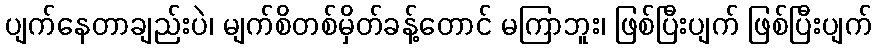
ပျက်နေတာချည်းပဲ၊ မျက်စိတစ်မှိတ်ခန့်တောင် မကြာဘူး၊ ဖြစ်ပြီးပျက် ဖြစ်ပြီးပျက်